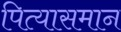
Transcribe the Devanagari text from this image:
पित्यासमान